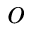
o